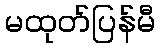
မထုတ်ပြန်မီ